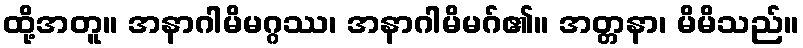
ထို့အတူ။ အနာဂါမိမဂ္ဂဿ၊ အနာဂါမိမဂ်၏။ အတ္တနာ၊ မိမိသည်။